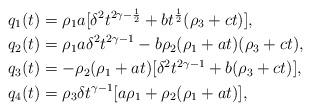
LaTeX: \begin{align*}q_1(t) &= \rho_1 a[\delta^2 t^{2\gamma-\frac12} + b t^\frac12(\rho_3 + ct)], \\q_2(t) &= \rho_1 a\delta^2 t^{2\gamma-1}- b\rho_2 (\rho_1 + at)(\rho_3 + ct), \\q_3(t) &= -\rho_2(\rho_1 + at)[\delta^2 t^{2\gamma-1} + b(\rho_3 + ct)], \\q_4(t) &= \rho_3\delta t^{\gamma - 1}[a\rho_1 + \rho_2 (\rho_1 + at)],\end{align*}